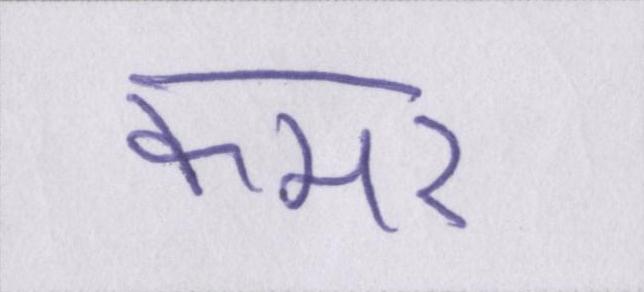
कमर